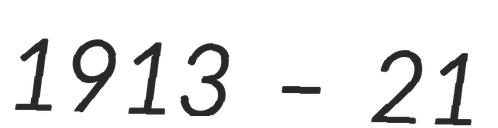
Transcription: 1913 – 21